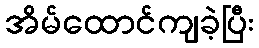
အိမ်ထောင်ကျခဲ့ပြီး